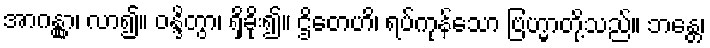
အာဂန္တွာ၊ လာ၍။ ဝန္ဒိတွာ၊ ရှိခိုး၍။ ဌိတေဟိ၊ ရပ်ကုန်သော ဗြဟ္မာတို့သည်။ ဘန္တေ၊